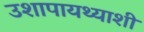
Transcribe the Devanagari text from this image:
उशापायथ्याशीं